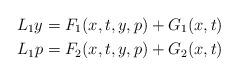
LaTeX: \begin{align*}L_1y=F_1(x,t,y,p)+G_1(x,t)\\L_1p=F_2(x,t,y,p)+G_2(x,t)\end{align*}